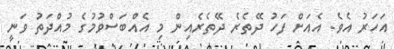
އަހަރު އެވެ. އެއަށް ފަހު ދޭތެރެ ދޭތެރެއިން މި އެއްބަސްވުމުގެ މުއްދަތު ވަނީ